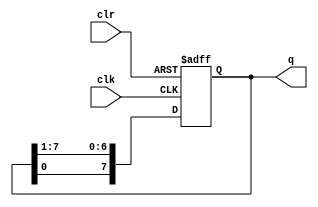
// N-bit ring (circular shift) register

// derived from "Digital Design Using Digilent FPGA Boards" by Richard
// E. Haskell and Darrin M. Hanna.

module ring
  #(parameter N = 8)
  (input wire clk,
   input wire clr,
   output reg [N-1:0] q);

   always @(posedge clk or posedge clr)
     begin
        if (clr == 1)
          // this starts with the high bit set
          //q <= {1'b1, { {N-1} {1'b0 }}};
          // this starts with the low bit set
          q <= 1;
        else
          begin
             q[N-1] <= q[0];
             q[N-2:0] <= q[N-1:1];
          end
     end

endmodule // ring